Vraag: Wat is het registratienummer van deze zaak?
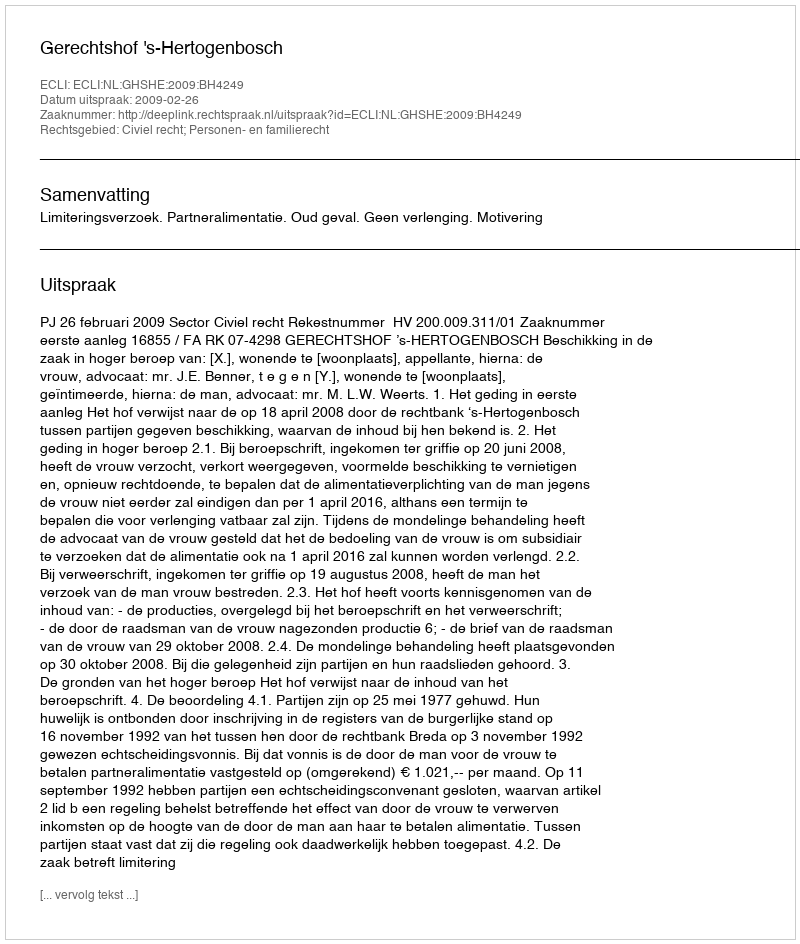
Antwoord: http://deeplink.rechtspraak.nl/uitspraak?id=ECLI:NL:GHSHE:2009:BH4249